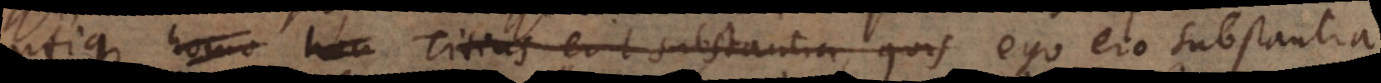
utique homo Titius erit substantia, quis ego ero substantia,